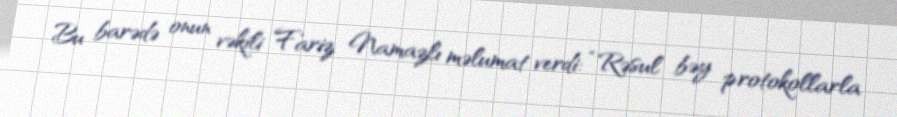
Bu barədə onun vəkili Fariz Namazlı məlumat verdi: “Rəsul bəy protokollarla